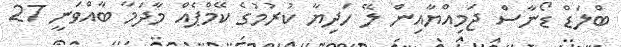
ބްލަޑް ޑޯނާސް ޖަމިއްޔާއިން ލޭ ހަދިޔާ ކުރުމުގެ ކޭމްޕެއް މާދަމާ ބާއްވަނީ 27